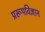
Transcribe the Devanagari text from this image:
प्ररूपविज्ञान